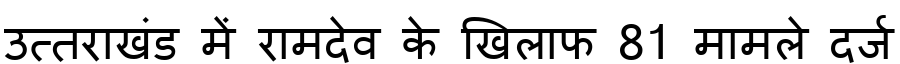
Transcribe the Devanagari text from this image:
उत्तराखंड में रामदेव के खिलाफ 81 मामले दर्ज